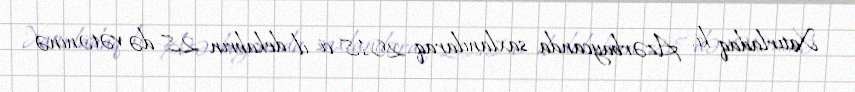
Xatırladaq ki, Azərbaycanda saxlanılaraq 2018-ci il dekabrın 28-də vətəninə